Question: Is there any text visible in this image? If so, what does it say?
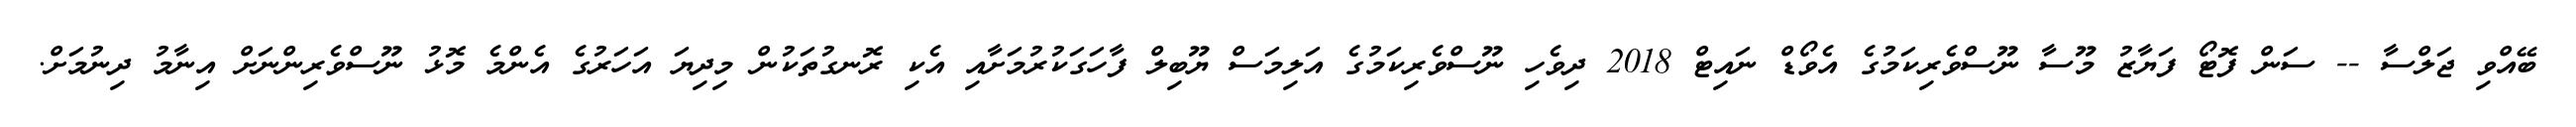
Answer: ބޭއްވި ޖަލްސާ -- ސަން ފޮޓޯ ފަޔާޒު މޫސާ ނޫސްވެރިކަމުގެ އެވޯޑް ނައިޓް 2018 ދިވެހި ނޫސްވެރިކަމުގެ އަލިމަސް ޔޫބިލް ފާހަގަކުރުމަށާއި އެކި ރޮނގުތަކުން މިދިޔަ އަހަރުގެ އެންމެ މޮޅު ނޫސްވެރިންނަށް އިނާމު ދިނުމަށް.